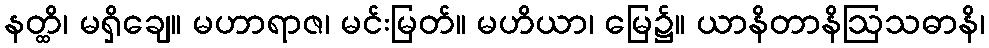
နတ္ထိ၊ မရှိချေ။ မဟာရာဇ၊ မင်းမြတ်။ မဟိယာ၊ မြေ၌။ ယာနိတာနိဩသဓာနိ၊